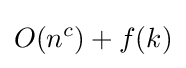
O(n^{c})+f(k)